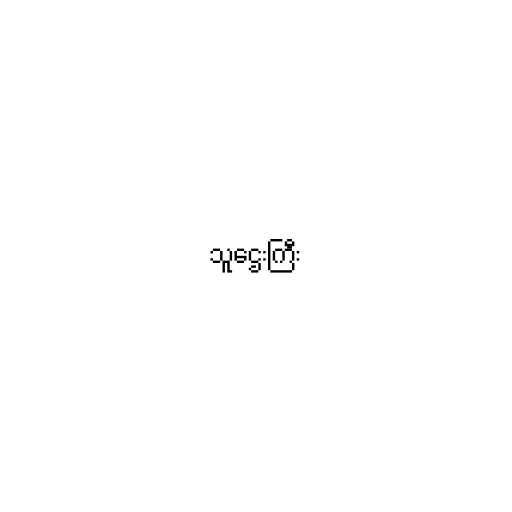
သူဌေးကြီး